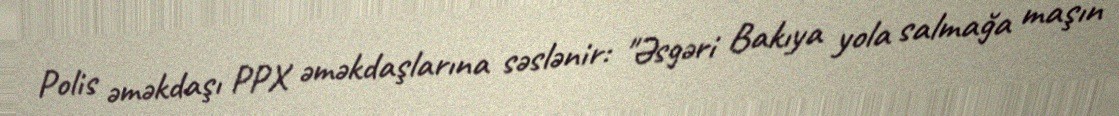
Polis əməkdaşı PPX əməkdaşlarına səslənir: "Əsgəri Bakıya yola salmağa maşın